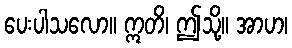
ပေးပါသလော။ ဣတိ၊ ဤသို့။ အာဟ၊